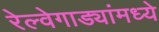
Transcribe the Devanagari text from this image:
रेल्वेगाड्यांमध्ये